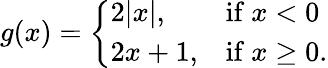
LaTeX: g(x)={\left\{ \begin{array}{ll}{2|x|,}&{{\mathrm{if~}}x<0}\\ {2x+1,}&{{\mathrm{if~}}x\geq 0.}\end{array}\right.}